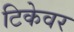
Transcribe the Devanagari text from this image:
टिकेवर